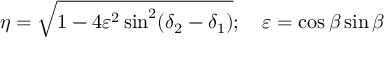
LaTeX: \eta = \sqrt { 1 - 4 \varepsilon ^ { 2 } \sin ^ { 2 } ( \delta _ { 2 } - \delta _ { 1 } ) } ; \quad \varepsilon = \cos \beta \sin \beta